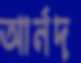
আর্নদ